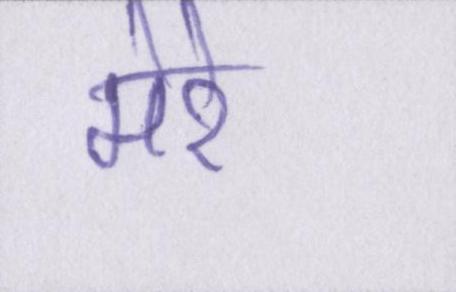
मेरे